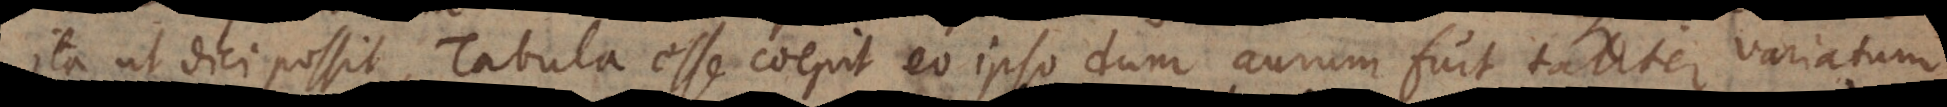
Ita ut dici possit, Tabula esse coepit eo ipso dum aurum fuit taliter variatum.